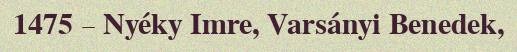
1475 – Nyéky Imre, Varsányi Benedek,